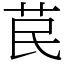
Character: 苠